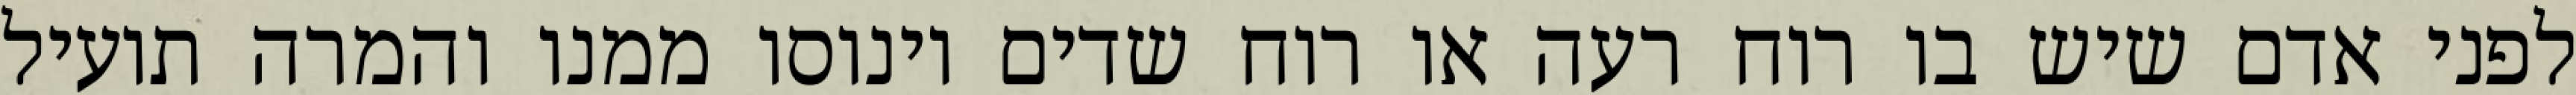
לפני אדם שיש בו רוח רעה או רוח שדים וינוסו ממנו והמרה תועיל